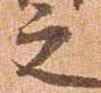
之